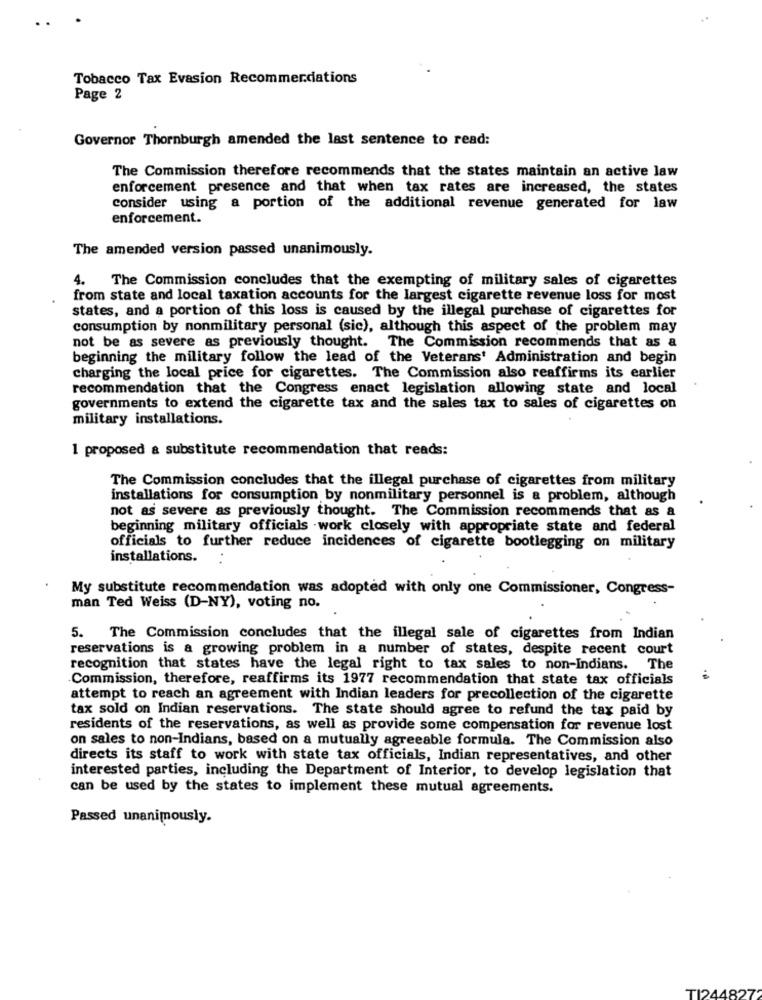
Tobacco Tax Evasion Recommendations
Page 2
Governor Thornburgh amended the last sentence to read:
The Commission therefore recommends that the states maintain an active law
enforcement presence and that when tax rates are increased, the states
consider using a portion of the additional revenue generated for law
enforcement.
The amended version passed unanimously.
4. The Commission concludes that the exempting of military sales of cigarettes
from state and local taxation accounts for the largest cigarette revenue loss for most
states, and a portion of this loss is caused by the illegal purchase of cigarettes for
consumption by nonmilitary personal (sic), although this aspect of the problem may
not be as severe as previously thought. The Commission recommends that as a
beginning the military follow the lead of the Veterans' Administration and begin
charging the local price for cigarettes. The Commission also reaffirms its earlier
recommendation that the Congress enact legislation allowing state and local
governments to extend the cigarette tax and the sales tax to sales of cigarettes on
military installations.
1 proposed a substitute recommendation that reads:
The Commission concludes that the illegal purchase of cigarettes from military
installations for consumption by nonmilitary personnel is a problem, although
not as severe as previously thought. The Commission recommends that as a
beginning military officials .work closely with appropriate state and federal
officials to further reduce incidences of cigarette bootlegging on military
installations.
My substitute recommendation was adopted with only one Commissioner, Congress-
man Ted Weiss (D-NY), voting no.
5. The Commission concludes that the illegal sale of cigarettes from Indian
reservations is a growing problem in a number of states, despite recent court
recognition that states have the legal right to tax sales to non-Indians.
The
Commission, therefore, reaffirms its 1977 recommendation that state tax officials
attempt to reach an agreement with Indian leaders for precollection of the cigarette
tax sold on Indian reservations. The state should agree to refund the tax paid by
residents of the reservations, as well as provide some compensation for revenue lost
on sales to non-Indians, based on a mutually agreeable formula. The Commission also
directs its staff to work with state tax officials, Indian representatives, and other
interested parties, including the Department of Interior, to develop legislation that
can be used by the states to implement these mutual agreements.
Passed unanimously.
TI244827